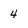
Character: 4